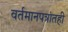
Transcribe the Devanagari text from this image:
वर्तमानपत्रांतही